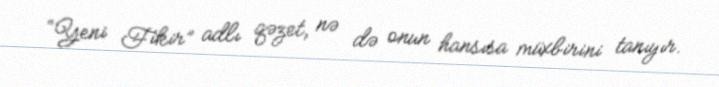
“Yeni Fikir” adlı qəzet, nə də onun hansısa müxbirini tanıyır.